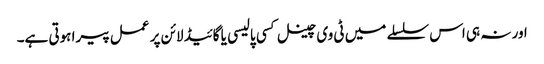
اور نہ ہی اس سلسلے میں ٹی وی چینل کسی پالیسی یا گائیڈ لائن پر عمل پیرا ہوتی ہے۔